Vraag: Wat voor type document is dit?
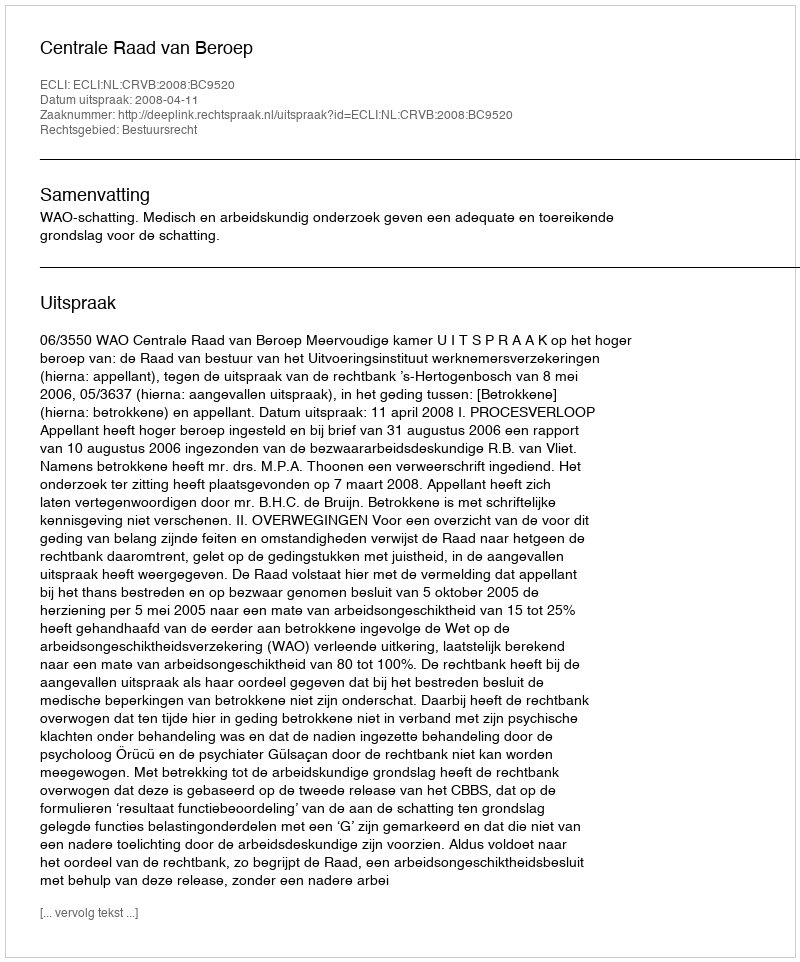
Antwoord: Uitspraak